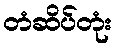
တံဆိပ်တုံး